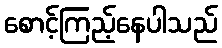
စောင့်ကြည့်နေပါသည်